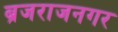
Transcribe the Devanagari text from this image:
ब्रजराजनगर